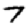
Digit: 7